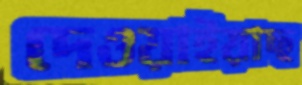
দেওয়াইয়াছ